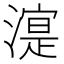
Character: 㵓